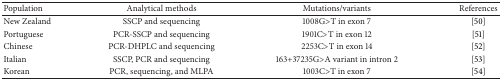
<table><thead><tr><td><b>Population</b></td><td><b>Analytical methods</b></td><td><b>Mutations/variants</b></td><td><b>References</b></td></tr></thead><tbody><tr><td>New Zealand</td><td>SSCP and sequencing</td><td>1008G&gt;T in exon 7</td><td>[50]</td></tr><tr><td>Portuguese</td><td>PCR-SSCP and sequencing</td><td>1901C&gt;T in exon 12</td><td>[51]</td></tr><tr><td>Chinese</td><td>PCR-DHPLC and sequencing</td><td>2253C&gt;T in exon 14 </td><td>[52]</td></tr><tr><td>Italian</td><td>SSCP, PCR and sequencing</td><td>163+37235G&gt;A variant in intron 2</td><td>[53]</td></tr><tr><td>Korean</td><td>PCR, sequencing, and MLPA</td><td>1003C&gt;T in exon 7</td><td>[54] </td></tr></tbody></table>